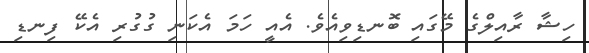
ހިޝާ ރާއިލްގެ މޭގައި ބޮނޑިވިއެވެ. އެއީ ހަމަ އެކަނި ގުގުރި އެކޭ ފިނޑި